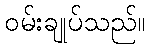
ဝမ်းချုပ်သည်။